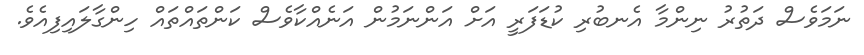
ނަމަވެސް ދަތުރު ނިންމާ އެނބުރި ކުޑަފަރީ އަށް އަންނަމުން އަނެއްކާވެސް ކަންތައްތައް ހިންގާލައިފިއެވެ.